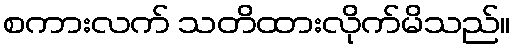
စကားလက် သတိထားလိုက်မိသည်။